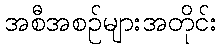
အစီအစဉ်များအတိုင်း